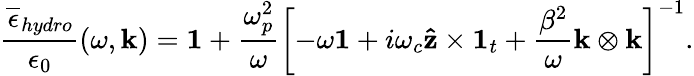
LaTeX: \frac{\overline{{\epsilon}}_{hydro}}{\epsilon_{0}}\left(\omega,\mathbf{k}\right)=\mathbf{1}+\frac{\omega_{p}^{2}}{\omega}\left[-\omega\mathbf{1}+i\omega_{c}\mathbf{\hat{z}}\times\mathbf{1}_{t}+\frac{\beta^{2}}{\omega}\mathbf{k}\otimes\mathbf{k}\right]^{-1}.